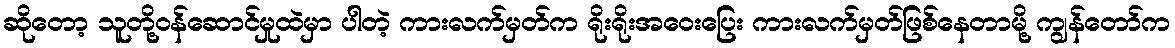
ဆိုတော့ သူတို့ဝန်ဆောင်မှုထဲမှာ ပါတဲ့ ကားလက်မှတ်က ရိုးရိုးအဝေးပြေး ကားလက်မှတ်ဖြစ်နေတာမို့ ကျွန်တော်က